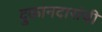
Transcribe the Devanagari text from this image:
दुकानदारांची